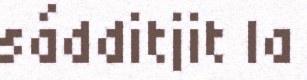
sádditjit la